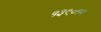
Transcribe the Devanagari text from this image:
५३९०१२